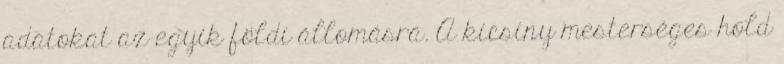
adatokat az egyik földi állomásra. A kicsiny mesterséges hold